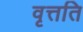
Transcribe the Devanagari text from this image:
वृत्तति